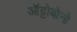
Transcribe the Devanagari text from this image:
ऑट्टोबोनो